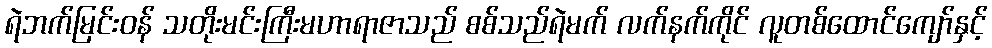
ရဲဘက်မြင်းဝန် သတိုးမင်းကြီးမဟာရာဇာသည် စစ်သည်ရဲမက် လက်နက်ကိုင် လူတစ်ထောင်ကျော်နှင့်